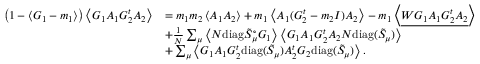
\begin{array} { r l } { \left( 1 - \left\langle { G _ { 1 } - m _ { 1 } } \right\rangle \right) \left\langle { G _ { 1 } A _ { 1 } G _ { 2 } ^ { t } A _ { 2 } } \right\rangle } & { = m _ { 1 } m _ { 2 } \left\langle { A _ { 1 } A _ { 2 } } \right\rangle + m _ { 1 } \left\langle { A _ { 1 } ( G _ { 2 } ^ { t } - m _ { 2 } I ) A _ { 2 } } \right\rangle - m _ { 1 } \left\langle { \underline { { W G _ { 1 } A _ { 1 } G _ { 2 } ^ { t } A _ { 2 } } } } \right\rangle } \\ & { + \frac { 1 } { N } \sum _ { \mu } \left\langle { N \mathrm { d i a g } \tilde { S } _ { \mu } ^ { \circ } G _ { 1 } } \right\rangle \left\langle { G _ { 1 } A _ { 1 } G _ { 2 } ^ { t } A _ { 2 } N \mathrm { d i a g } ( \tilde { S } _ { \mu } ) } \right\rangle } \\ & { + \sum _ { \mu } \left\langle { G _ { 1 } A _ { 1 } G _ { 2 } ^ { t } \mathrm { d i a g } ( \tilde { S } _ { \mu } ) A _ { 2 } ^ { t } G _ { 2 } \mathrm { d i a g } ( \tilde { S } _ { \mu } ) } \right\rangle . } \end{array}